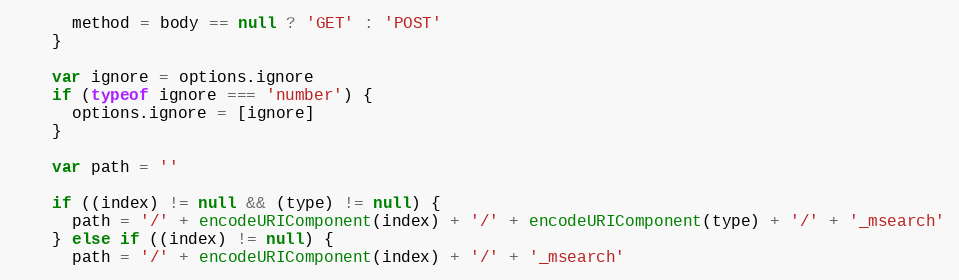
Language: JavaScript
      method = body == null ? 'GET' : 'POST'
    }

    var ignore = options.ignore
    if (typeof ignore === 'number') {
      options.ignore = [ignore]
    }

    var path = ''

    if ((index) != null && (type) != null) {
      path = '/' + encodeURIComponent(index) + '/' + encodeURIComponent(type) + '/' + '_msearch'
    } else if ((index) != null) {
      path = '/' + encodeURIComponent(index) + '/' + '_msearch'